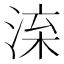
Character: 㳿